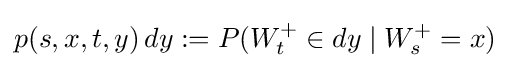
p(s,x,t,y)\,dy:=P(W_{t}^{+}\in dy\mid W_{s}^{+}=x)